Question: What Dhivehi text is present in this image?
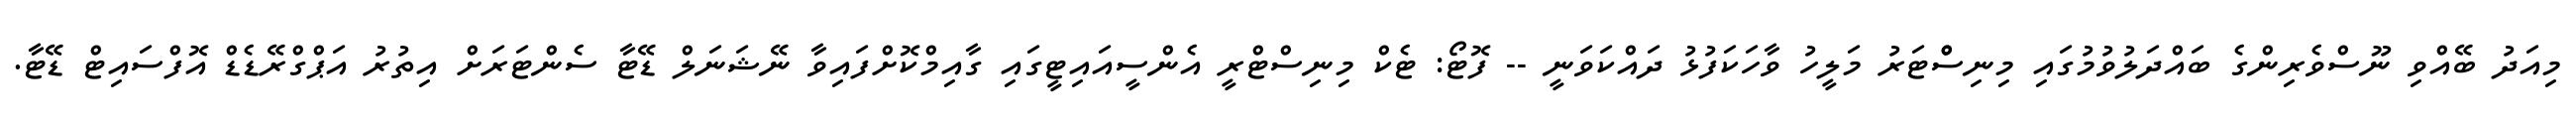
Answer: މިއަދު ބޭއްވި ނޫސްވެރިންގެ ބައްދަލުވުމުގައި މިނިސްްޓަރު މަލީހު ވާހަކަފުޅު ދައްކަވަނީ -- ފޮޓޯ: ޓެކް މިނިސްޓްރީ އެންސީއައިޓީގައި ގާއިމްކޮށްފައިވާ ނޭޝަނަލް ޑޭޓާ ސެންޓަރަށް އިތުރު އަޕްގްރޭޑެޑް އޮފްސައިޓް ޑޭޓާ.